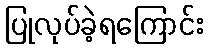
ပြုလုပ်ခဲ့ရကြောင်း